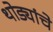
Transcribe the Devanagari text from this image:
थोड्यांचे